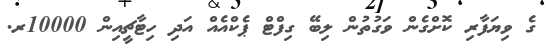
ގެ ވިޔަފާރި ކޮށްގެން ވަގުތުން ލިބޭ ގިފްޓް ޕެކްއެއް އަދި ހިޓާޗީއިން 10000ރ.